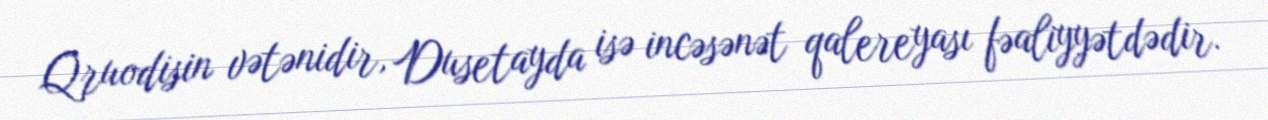
Qruodisin vətənidir, Dusetayda isə incəsənət qalereyası fəaliyyətdədir.